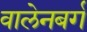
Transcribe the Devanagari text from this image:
वालेनबर्ग